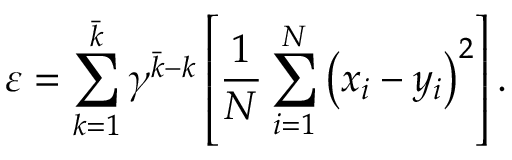
\varepsilon = \sum _ { k = 1 } ^ { \bar { k } } \gamma ^ { \bar { k } - k } \left[ \frac { 1 } { N } \sum _ { i = 1 } ^ { N } \left( x _ { i } - y _ { i } \right) ^ { 2 } \right] .